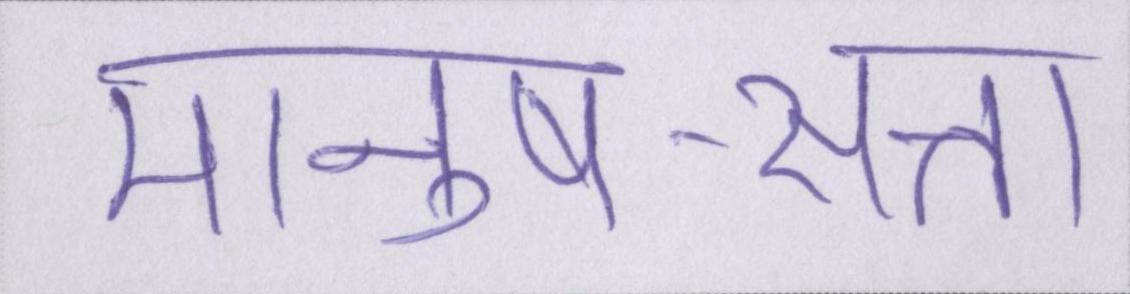
मानुष-सत्ता